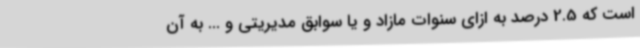
است که 2.5 درصد به ازای سنوات مازاد و یا سوابق مدیریتی و ... به آن